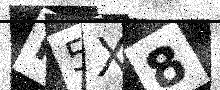
Text: M5X8